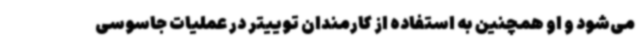
می‌شود و او همچنین به استفاده از کارمندان توییتر در عملیات جاسوسی